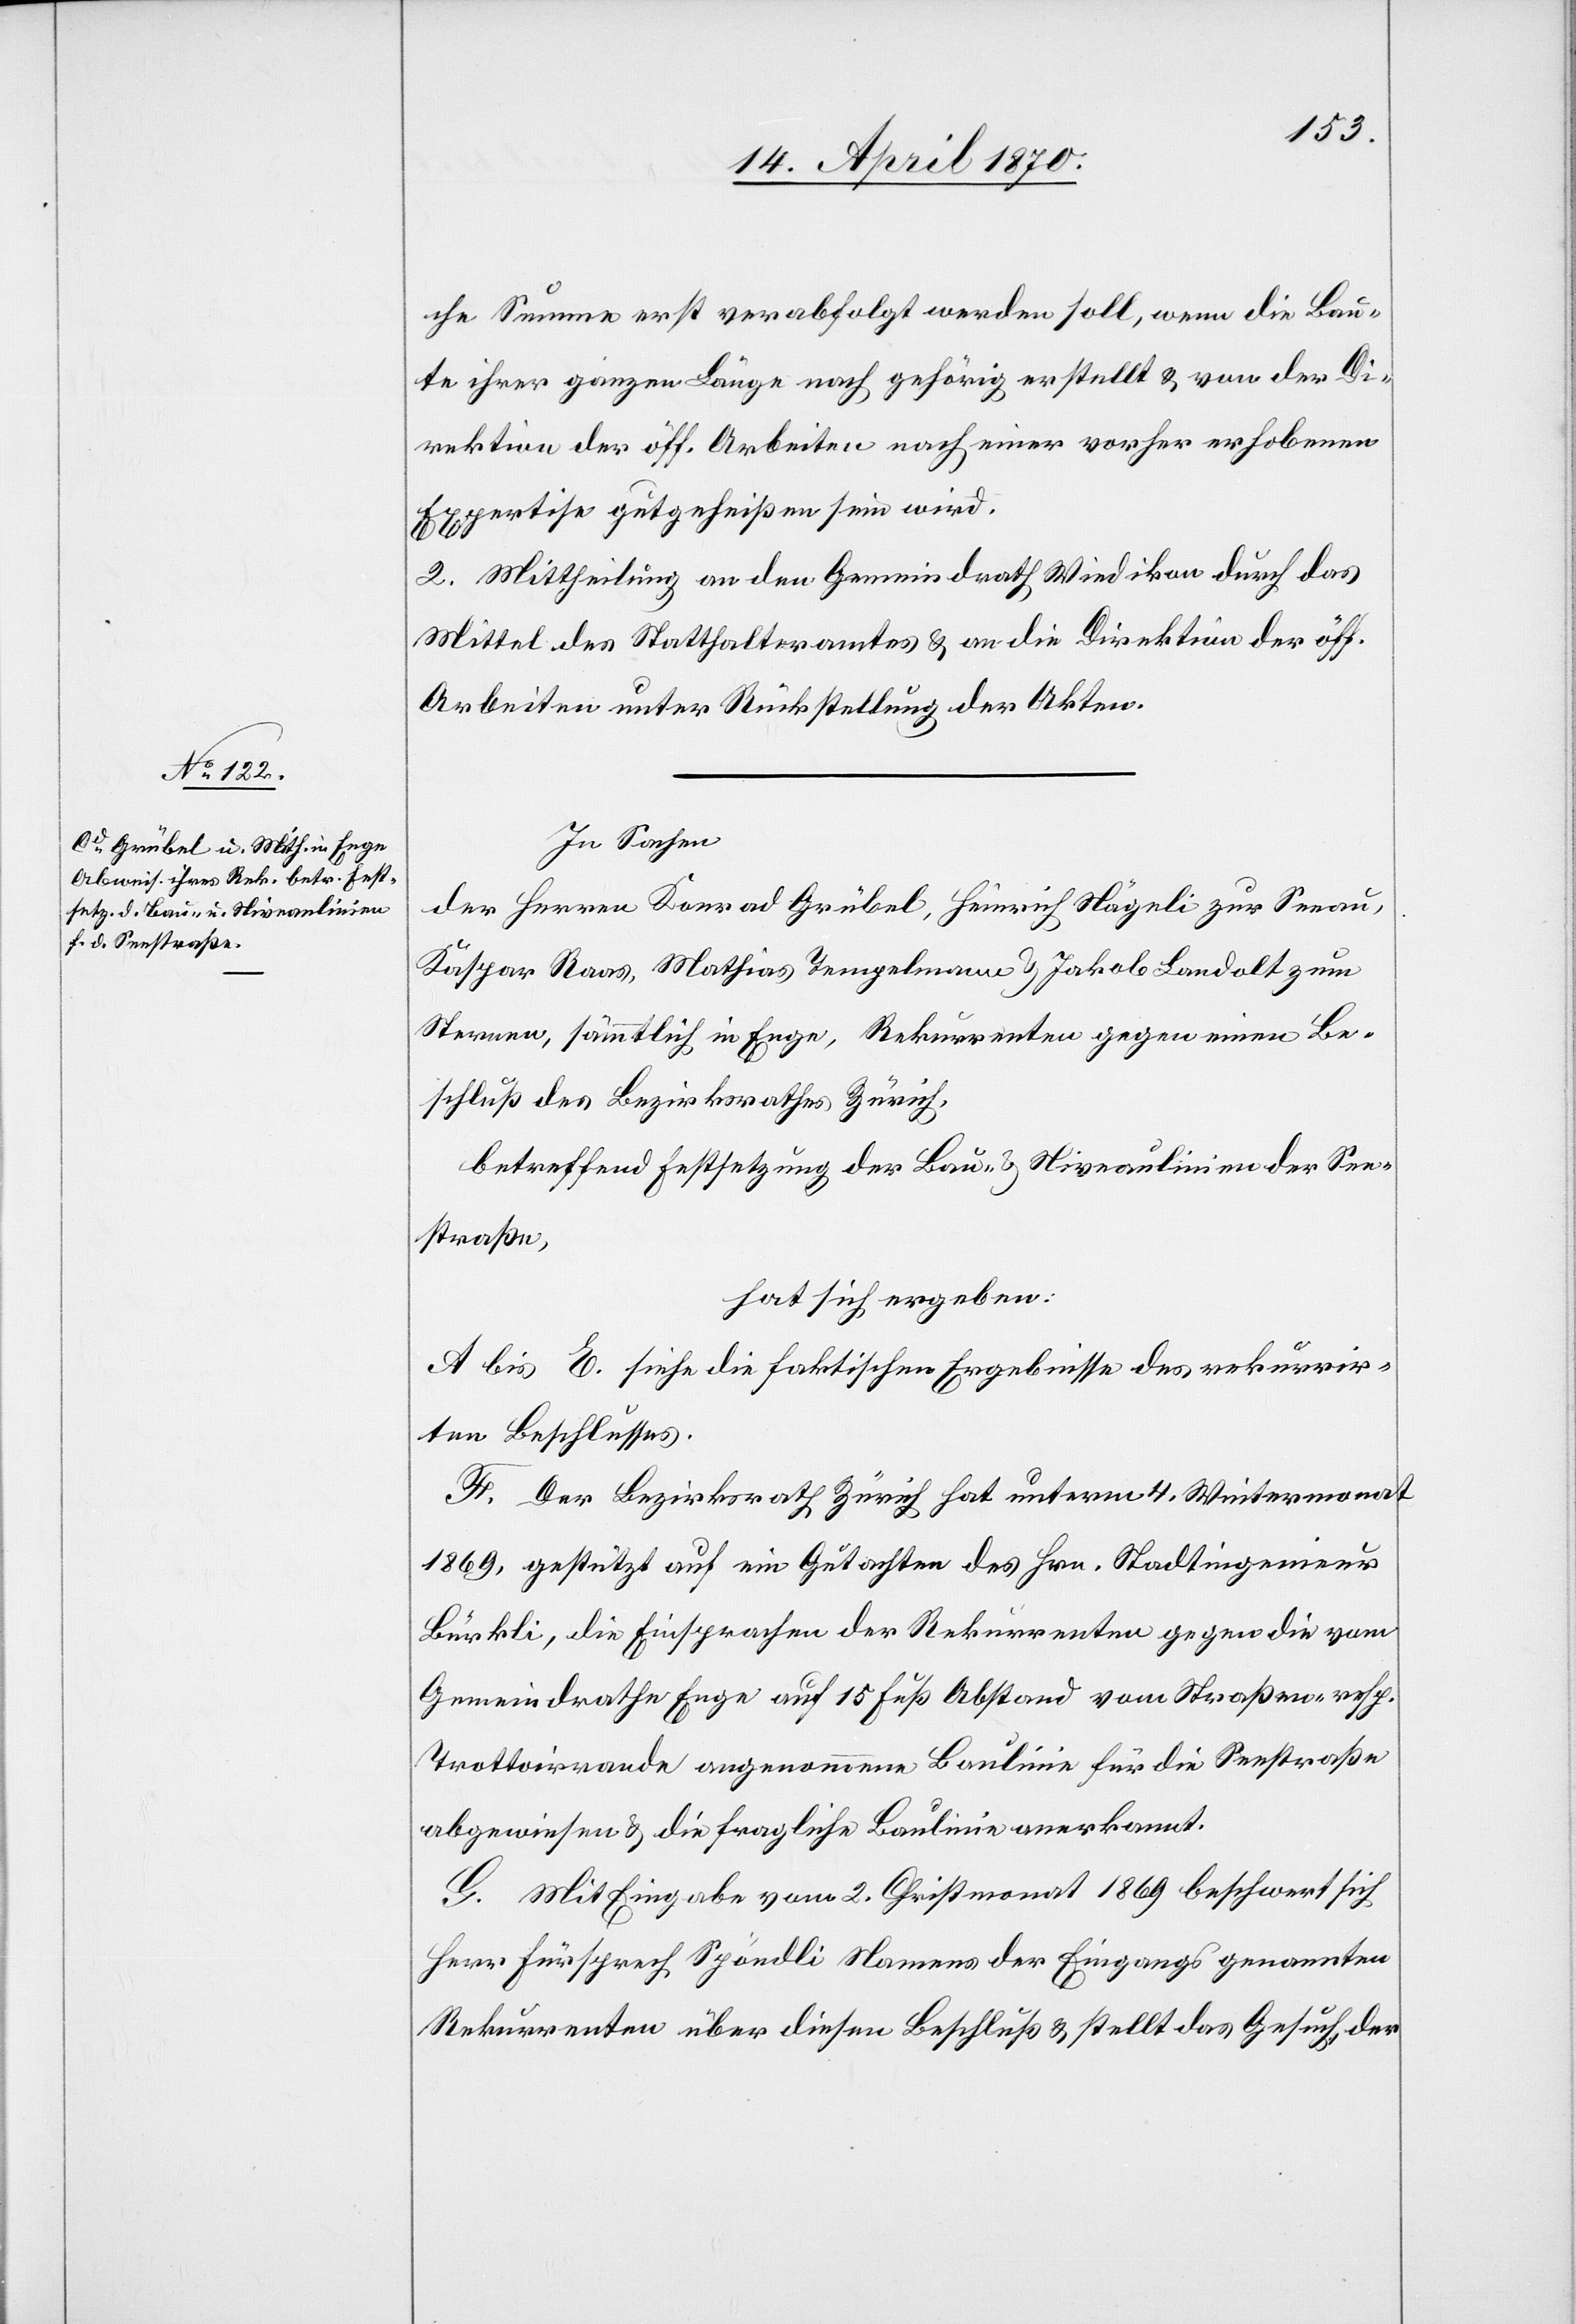
che Summe erst verabfolgt werden soll, wenn die Bau¬
te ihrer ganzen Länge nach gehörig erstellt & von der Di¬
rektion der öff. Arbeiten nach einer vorher erhobenen
Expertise gutgeheißen sein wird.
2. Mittheilung an den Gemeindrath Wiedikon durch das
Mittel des Statthalteramtes & an die Direktion der öff.
Arbeiten unter Rückstellung der Akten.
In Sachen
der Herren Konrad Grübel, Heinrich Nägeli zur Seeau,
Kaspar Raas, Mathias Tempelmann & Jakob Landolt zum
Sternen, sämmtlich in Enge, Rekurrenten gegen einen Be¬
schluß des Bezirksrathes Zürich,
betreffend Festsetzung der Bau- & Nievaulinien der See¬
straße,
hat sich ergeben:
A bis E. siehe die faktischen Ergebnisse des rekurrir¬
ten Beschlusses.
F. Der Bezirksrath Zürich hat unterm 4. Wintermonat
1869, gestützt auf ein Gutachten des Hrn. Stadtingenieur
Bürkli, die Einsprachen der Rekurrenten gegen die vom
Gemeindrathe Enge auf 15 Fuß Abstand vom Straßen- resp.
Trottoirrande angenommene Baulinie für die Seestraße
abgewiesen & die fragliche Baulinie anerkannt.
G. Mit Eingabe vom 2. Christmonat 1869 beschwert sich
Herr Fürsprech Spöndli Namens der Eingangs genannten
Rekurrenten über diesen Beschluß & stellt das Gesuch, der